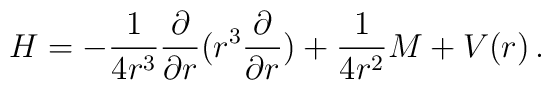
H = - {1\over {4r^3}} {\partial\over \partial r} (r^3 {\partial \over \partial r} )+ {1\over {4r^2}} M + V(r)\,.